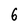
Character: 6